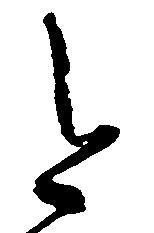
と